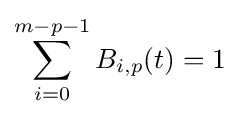
\sum _{i=0}^{m-p-1}B_{i,p}(t)=1